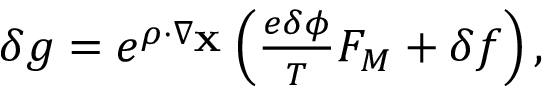
\begin{array} { r } { \delta g = e ^ { \boldsymbol { \rho } \cdot \nabla _ { \mathbf { X } } } \left( \frac { e \delta \phi } { T } F _ { M } + \delta f \right) , } \end{array}